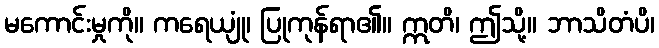
မကောင်းမှုကို။ ကရေယျုံ၊ ပြုကုန်ရာ၏။ ဣတိ၊ ဤသို့။ ဘာသိတံပိ၊